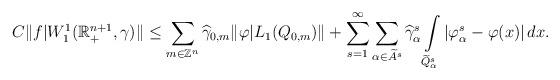
LaTeX: \begin{align*}&C \|f|W^{1}_{1}(\mathbb{R}^{n+1}_{+},\gamma)\|\le \sum\limits_{m \in \mathbb{Z}^{n}}\widehat{\gamma}_{0,m}\|\varphi|L_{1}(Q_{0,m})\|+ \sum\limits_{s=1}^{\infty}\sum\limits_{\alpha \in \widetilde{A}^{s}} \widehat{\gamma}^{s}_{\alpha}\int\limits_{\widetilde{Q}^{s}_{\alpha}}|\varphi^{s}_{\alpha}-\varphi(x)|\,dx .\end{align*}